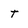
Character: T